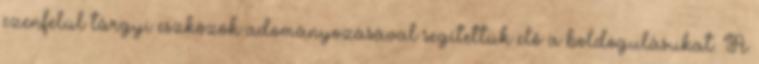
ezenfelül tárgyi eszközök adományozásával segítettük elő a boldogulásukat. A